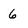
Character: 6